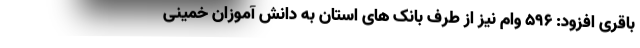
باقری افزود: ۵۹۶ وام نیز از طرف بانک های استان به دانش آموزان خمینی